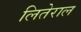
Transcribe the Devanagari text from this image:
लितेराल